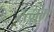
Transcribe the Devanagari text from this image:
रत्नंम